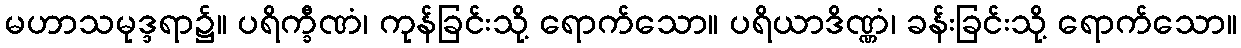
မဟာသမုဒ္ဒရာ၌။ ပရိက္ခီဏံ၊ ကုန်ခြင်းသို့ ရောက်သော။ ပရိယာဒိဏ္ဏံ၊ ခန်းခြင်းသို့ ရောက်သော။